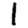
Digit: 1